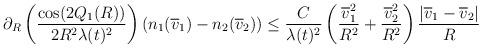
LaTeX: \begin{align*} &\partial_{R}\left(\frac{\cos(2Q_{1}(R))}{2R^{2}\lambda(t)^{2}}\right)\left(n_{1}(\overline{v}_{1})-n_{2}(\overline{v}_{2})\right)\leq \frac{C}{\lambda(t)^{2}}\left(\frac{\overline{v}_{1}^{2}}{R^{2}}+\frac{\overline{v}_{2}^{2}}{R^{2}}\right)\frac{|\overline{v}_{1}-\overline{v}_{2}|}{R}\end{align*}